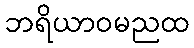
ဘရိယာဝမညထ